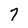
Character: 7